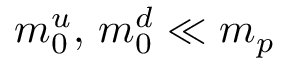
m _ { 0 } ^ { u } , \, m _ { 0 } ^ { d } \ll m _ { p }